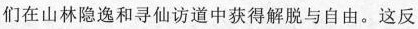
们在山林隐逸和寻仙访道中获得解脱与自由。这反